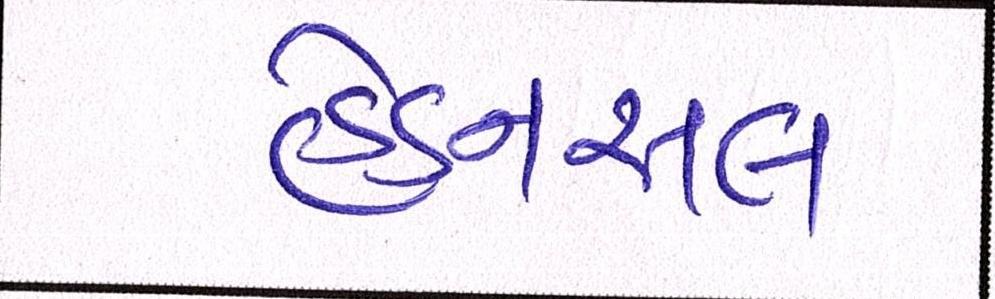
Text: હેડનસલ